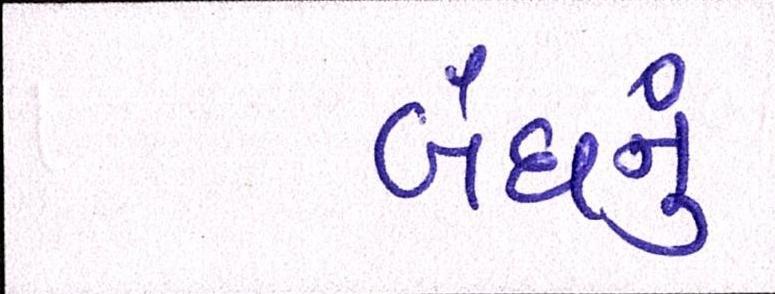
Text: બંધનું